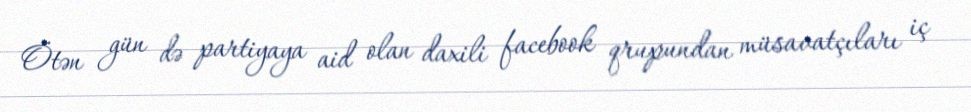
Ötən gün də partiyaya aid olan daxili facebook qrupundan müsavatçıları iç